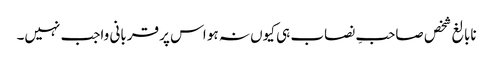
نابالغ شخص صاحبِ نصاب ہی کیوں نہ ہو اس پر قربانی واجب نہیں۔